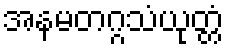
အနမတဂ္ဂသံယုတ္တံ